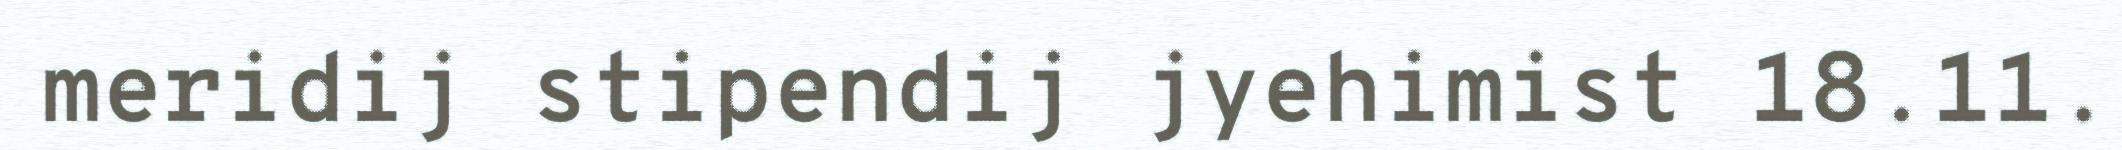
meridij stipendij jyehimist 18.11.